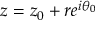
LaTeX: z = z _ { 0 } + r e ^ { i \theta _ { 0 } }